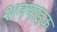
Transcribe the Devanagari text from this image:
शनपाइक